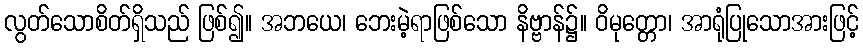
လွတ်သောစိတ်ရှိသည် ဖြစ်၍။ အဘယေ၊ ဘေးမဲ့ရာဖြစ်သော နိဗ္ဗာန်၌။ ဝိမုတ္တော၊ အာရုံပြုသောအားဖြင့်